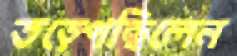
তড়্‌পেছিলেন